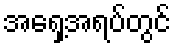
အရှေ့အရပ်တွင်